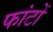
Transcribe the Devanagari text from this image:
फांटों